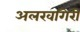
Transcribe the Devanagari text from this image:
अलखगिरी